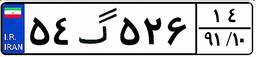
۵۴گ۵۲۶۱۴